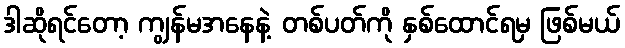
ဒါဆိုရင်တော့ ကျွန်မအနေနဲ့ တစ်ပတ်ကို နှစ်ထောင်ရမှ ဖြစ်မယ်